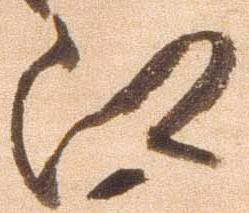
江